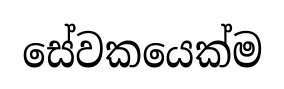
සේවකයෙක්ම